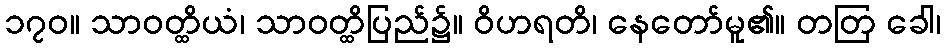
၁၇၀။ သာဝတ္ထိယံ၊ သာဝတ္ထိပြည်၌။ ဝိဟရတိ၊ နေတော်မူ၏။ တတြ ခေါ၊